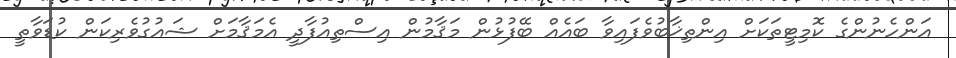
އަންހެނުންގެ ކޮމިޓީތަކަށް އިންތިޚާބުވެފައިވާ ބައެއް ބޭފުޅުން މަޤާމުން އިސްތިއުފާދީ އެމަޤާމަށް ޝައުގުވެރިކަން ކުޑަވާތީ